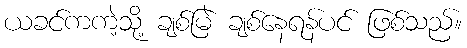
ယခင်ကကဲ့သို့ ချစ်မြဲ ချစ်နေရန်ပင် ဖြစ်သည်။